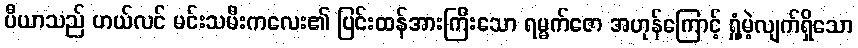
ပီယာသည် ဟယ်လင် မင်းသမီးကလေး၏ ပြင်းထန်အားကြီးသော ရမ္မက်ဇော အဟုန်ကြောင့် ရှုံ့မဲ့လျက်ရှိသော